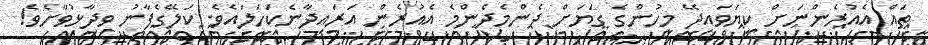
ތައް އެއުރެންނަށް ކިޔަވައިދޭ މީހުންގެ ގަޔަށް ދެންމެދެންމެ އެއުރެން އަރައިދާނެކަހަލައެވެ. ކަލޭގެފާނު ވިދާޅުވާށެވެ!